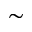
\sim